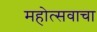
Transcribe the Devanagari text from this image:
महोत्सवाचा